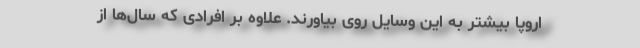
اروپا بیشتر به این وسایل روی بیاورند. علاوه بر افرادی که سال‌ها از